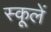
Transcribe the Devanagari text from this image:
स्कूलें